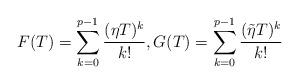
LaTeX: \begin{align*}F(T)=\sum_{k=0}^{p-1} \frac{(\eta T)^{k}}{k !}, G(T)=\sum_{k=0}^{p-1} \frac{(\tilde\eta T)^{k}}{k !}\end{align*}